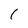
Character: l